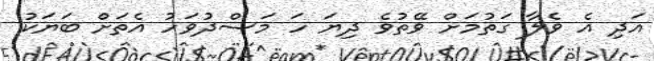
އަދި އެ ވެލާ ގަތުމަށް ވޭތުވެ ދިޔަ ހަ މަސްދުވަހު އެތަށް ބަޔަކު